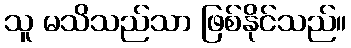
သူ မသိသည်သာ ဖြစ်နိုင်သည်။